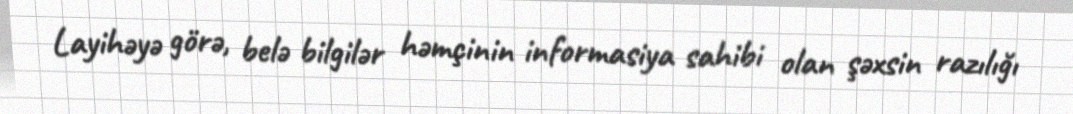
Layihəyə görə, belə bilgilər həmçinin informasiya sahibi olan şəxsin razılığı